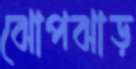
ঝোপঝাড়